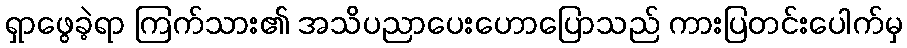
ရှာဖွေခဲ့ရာ ကြက်သား၏ အသိပညာပေးဟောပြောသည် ကားပြတင်းပေါက်မှ